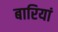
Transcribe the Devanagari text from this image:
बारियां